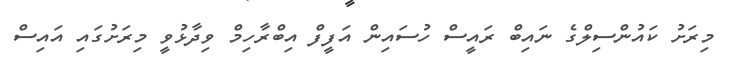
މިރަށު ކައުންސިލްގެ ނައިބް ރައީސް ހުސައިން އަފީފް އިބްރާހިމް ވިދާޅުވީ މިރަށުގައި އައިސް